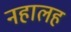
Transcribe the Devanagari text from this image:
नहालह